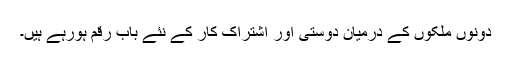
دونوں ملکوں کے درمیان دوستی اور اشتراک کار کے نئے باب رقم ہورہے ہیں۔